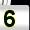
Digit: 5